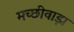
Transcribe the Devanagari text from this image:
मच्छीवाड़ा